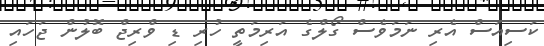
ކަސިއަސް އެރި ނަމަވެސް ގޯލްގެ އަރިމަތީ ހުރި ޑި ވްރިޖް ބޮލުން ޖަހައި